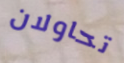
تحاولان